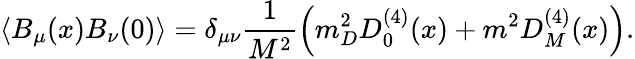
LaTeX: \left<B_{\mu}(x)B_{\nu}(0)\right>=\delta_{\mu\nu}\frac{1}{M^{2}}\left(m_{D}^{2}D_{0}^{(4)}(x)+m^{2}D_{M}^{(4)}(x)\right).